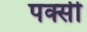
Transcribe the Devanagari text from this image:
पक्सी